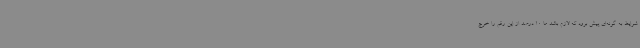
شرایط به گونه‌ای پیش برود که لازم باشد ما 10 درصد از این رقم را خرج